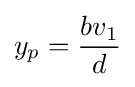
y_{p}={\frac {bv_{1}}{d}}